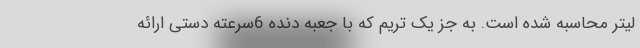
لیتر محاسبه شده است. به جز یک تریم که با جعبه دنده 6سرعته دستی ارائه